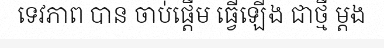
ទេវភាព បាន ចាប់ផ្តើម ធ្វើឡើង ជាថ្មី ម្តង